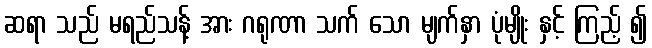
ဆရာ သည် မရည်သန့် အား ဂရုဏာ သက် သော မျက်နှာ ပုံမျိုး နှင့် ကြည့် ၍